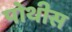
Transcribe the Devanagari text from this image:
पोथीस